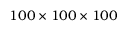
1 0 0 \times 1 0 0 \times 1 0 0